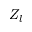
Z _ { l }